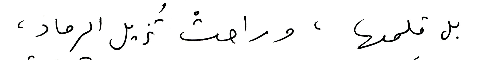
بل قلمها، وراحتْ تزيل الرماد،